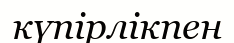
күпірлікпен